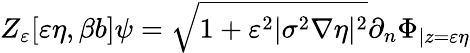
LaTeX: Z_{\varepsilon}[\varepsilon\eta,\beta b]\psi=\sqrt{1+\varepsilon^{2}|\sigma^{2}\nabla\eta|^{2}}\partial_{n}\Phi_{|z=\varepsilon\eta}